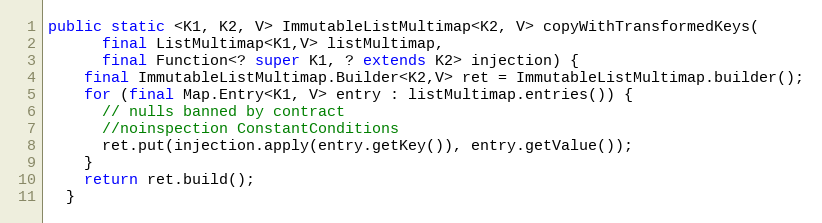
Language: Java
public static <K1, K2, V> ImmutableListMultimap<K2, V> copyWithTransformedKeys(
      final ListMultimap<K1,V> listMultimap,
      final Function<? super K1, ? extends K2> injection) {
    final ImmutableListMultimap.Builder<K2,V> ret = ImmutableListMultimap.builder();
    for (final Map.Entry<K1, V> entry : listMultimap.entries()) {
      // nulls banned by contract
      //noinspection ConstantConditions
      ret.put(injection.apply(entry.getKey()), entry.getValue());
    }
    return ret.build();
  }